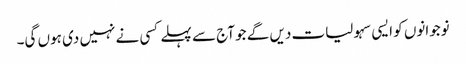
نوجوانوں کو ایسی سہولیات دیں گے جو آج سے پہلے کسی نے نہیں دی ہوں گی۔